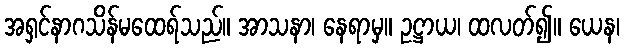
အရှင်နာဂသိန်မထေရ်သည်။ အာသနာ၊ နေရာမှ။ ဥဋ္ဌာယ၊ ထလတ်၍။ ယေန၊